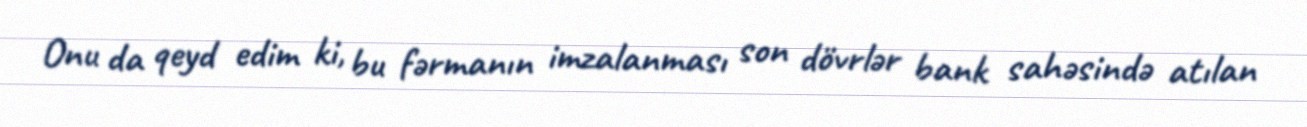
Onu da qeyd edim ki, bu fərmanın imzalanması son dövrlər bank sahəsində atılan